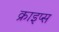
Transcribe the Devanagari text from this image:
क्राइप्स